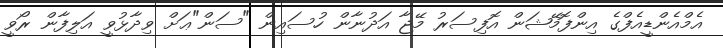
އެމްއެންޑީއެފްގެ އިންފޮމޭޝަން އޮފިސަރު މޭޖާ އަދުނާން ހުސައިން "ސަން"ޢަށް ވިދާޅުވީ އަލިފާން ރޯވީ